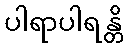
ပါရာပါရန္တိ